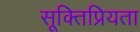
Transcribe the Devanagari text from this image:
सूक्तिप्रियता